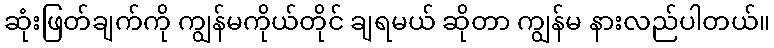
ဆုံးဖြတ်ချက်ကို ကျွန်မကိုယ်တိုင် ချရမယ် ဆိုတာ ကျွန်မ နားလည်ပါတယ်။